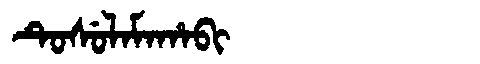
Manchu: ᡨᡠᠰᡠᠯᠠᠮᠠᡥᠠᠪᡳ
Romanization: TUSULAMAHABI